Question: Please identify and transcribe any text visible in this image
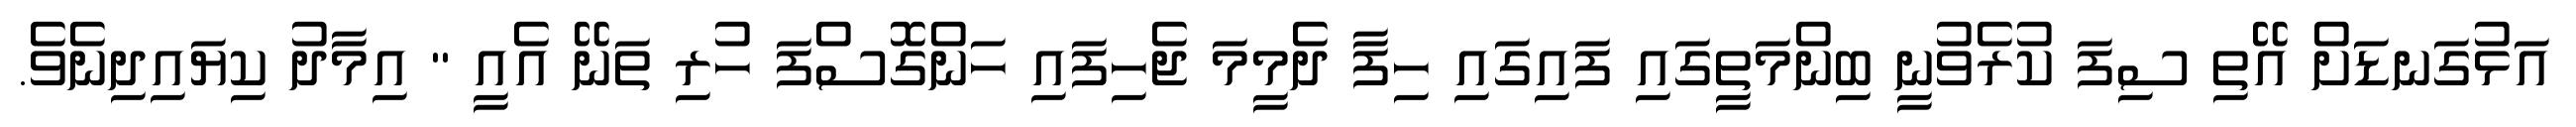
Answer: އަޅުގަނޑަށް އޭތި ސިފަ ކުރެވުނީ ބިންމަތީގައި ފައިގައި ހިފާ ދެމީމަ ޖެހިފައި ހަންގޮސްފަ ހުރި ތަނޭ އެއީ " އިމާދު ކިޔައިދިނެވެ.